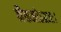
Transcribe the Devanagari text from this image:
नैकजोऽग्रजः।